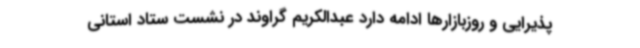
پذیرایی و روزبازارها ادامه دارد عبدالکریم گراوند در نشست ستاد استانی